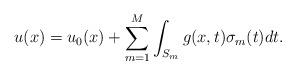
LaTeX: \begin{align*} u(x)=u_0(x) +\sum_{m=1}^M \int_{S_m} g(x,t) \sigma_m(t) dt.\end{align*}